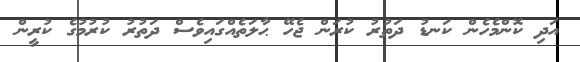
އަދި ކޮންމެހެން ކަނޑު ދަތުރު ކުރަން ޖެހޭ ޙާލަތެއްގައިވެސް ދަތުރު ކުރުމުގެ ކުރީން